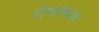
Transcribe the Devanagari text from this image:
रोगरोधक